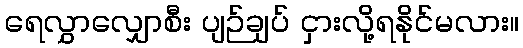
ရေလွှာလျှောစီး ပျဉ်ချပ် ငှားလို့ရနိုင်မလား။